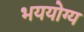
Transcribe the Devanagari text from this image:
भययोग्य